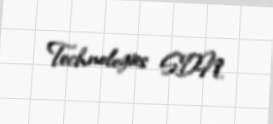
Technologies SDN.